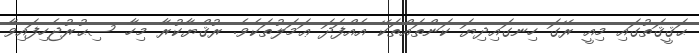
ޙަޤީޤަތުގައި މިއީ ރޭގަ ހިނގައިދިޔަ ކަންތައްތަކޭ އެއްފަދަ ޢަމަލުތަކެވެ. ރުޤްޔާކުރާ މިހާ ސިޙުރުޖެހިފައިވާ